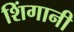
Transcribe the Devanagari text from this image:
शिंगानी